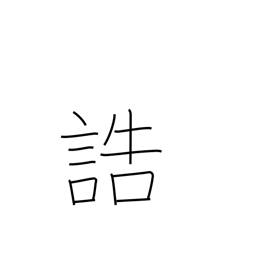
Meaning: give instructions